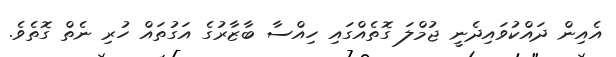
އެއިން ދައްކުވައިދެނީ ޖުމްލަ ގޮތެއްގައި ހިއްސާ ބާޒާރުގެ އަގުތައް ހުރި ނެތް ގޮތެވެ.